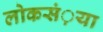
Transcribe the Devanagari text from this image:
लोकसं़या